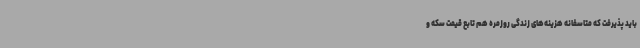
باید پذیرفت که متاسفانه هزینه‌های زندگی روزمره هم تابع قیمت سکه و